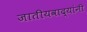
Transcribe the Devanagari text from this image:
जातीयवाद्यांनी